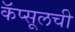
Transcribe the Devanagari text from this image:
कॅप्सूलची